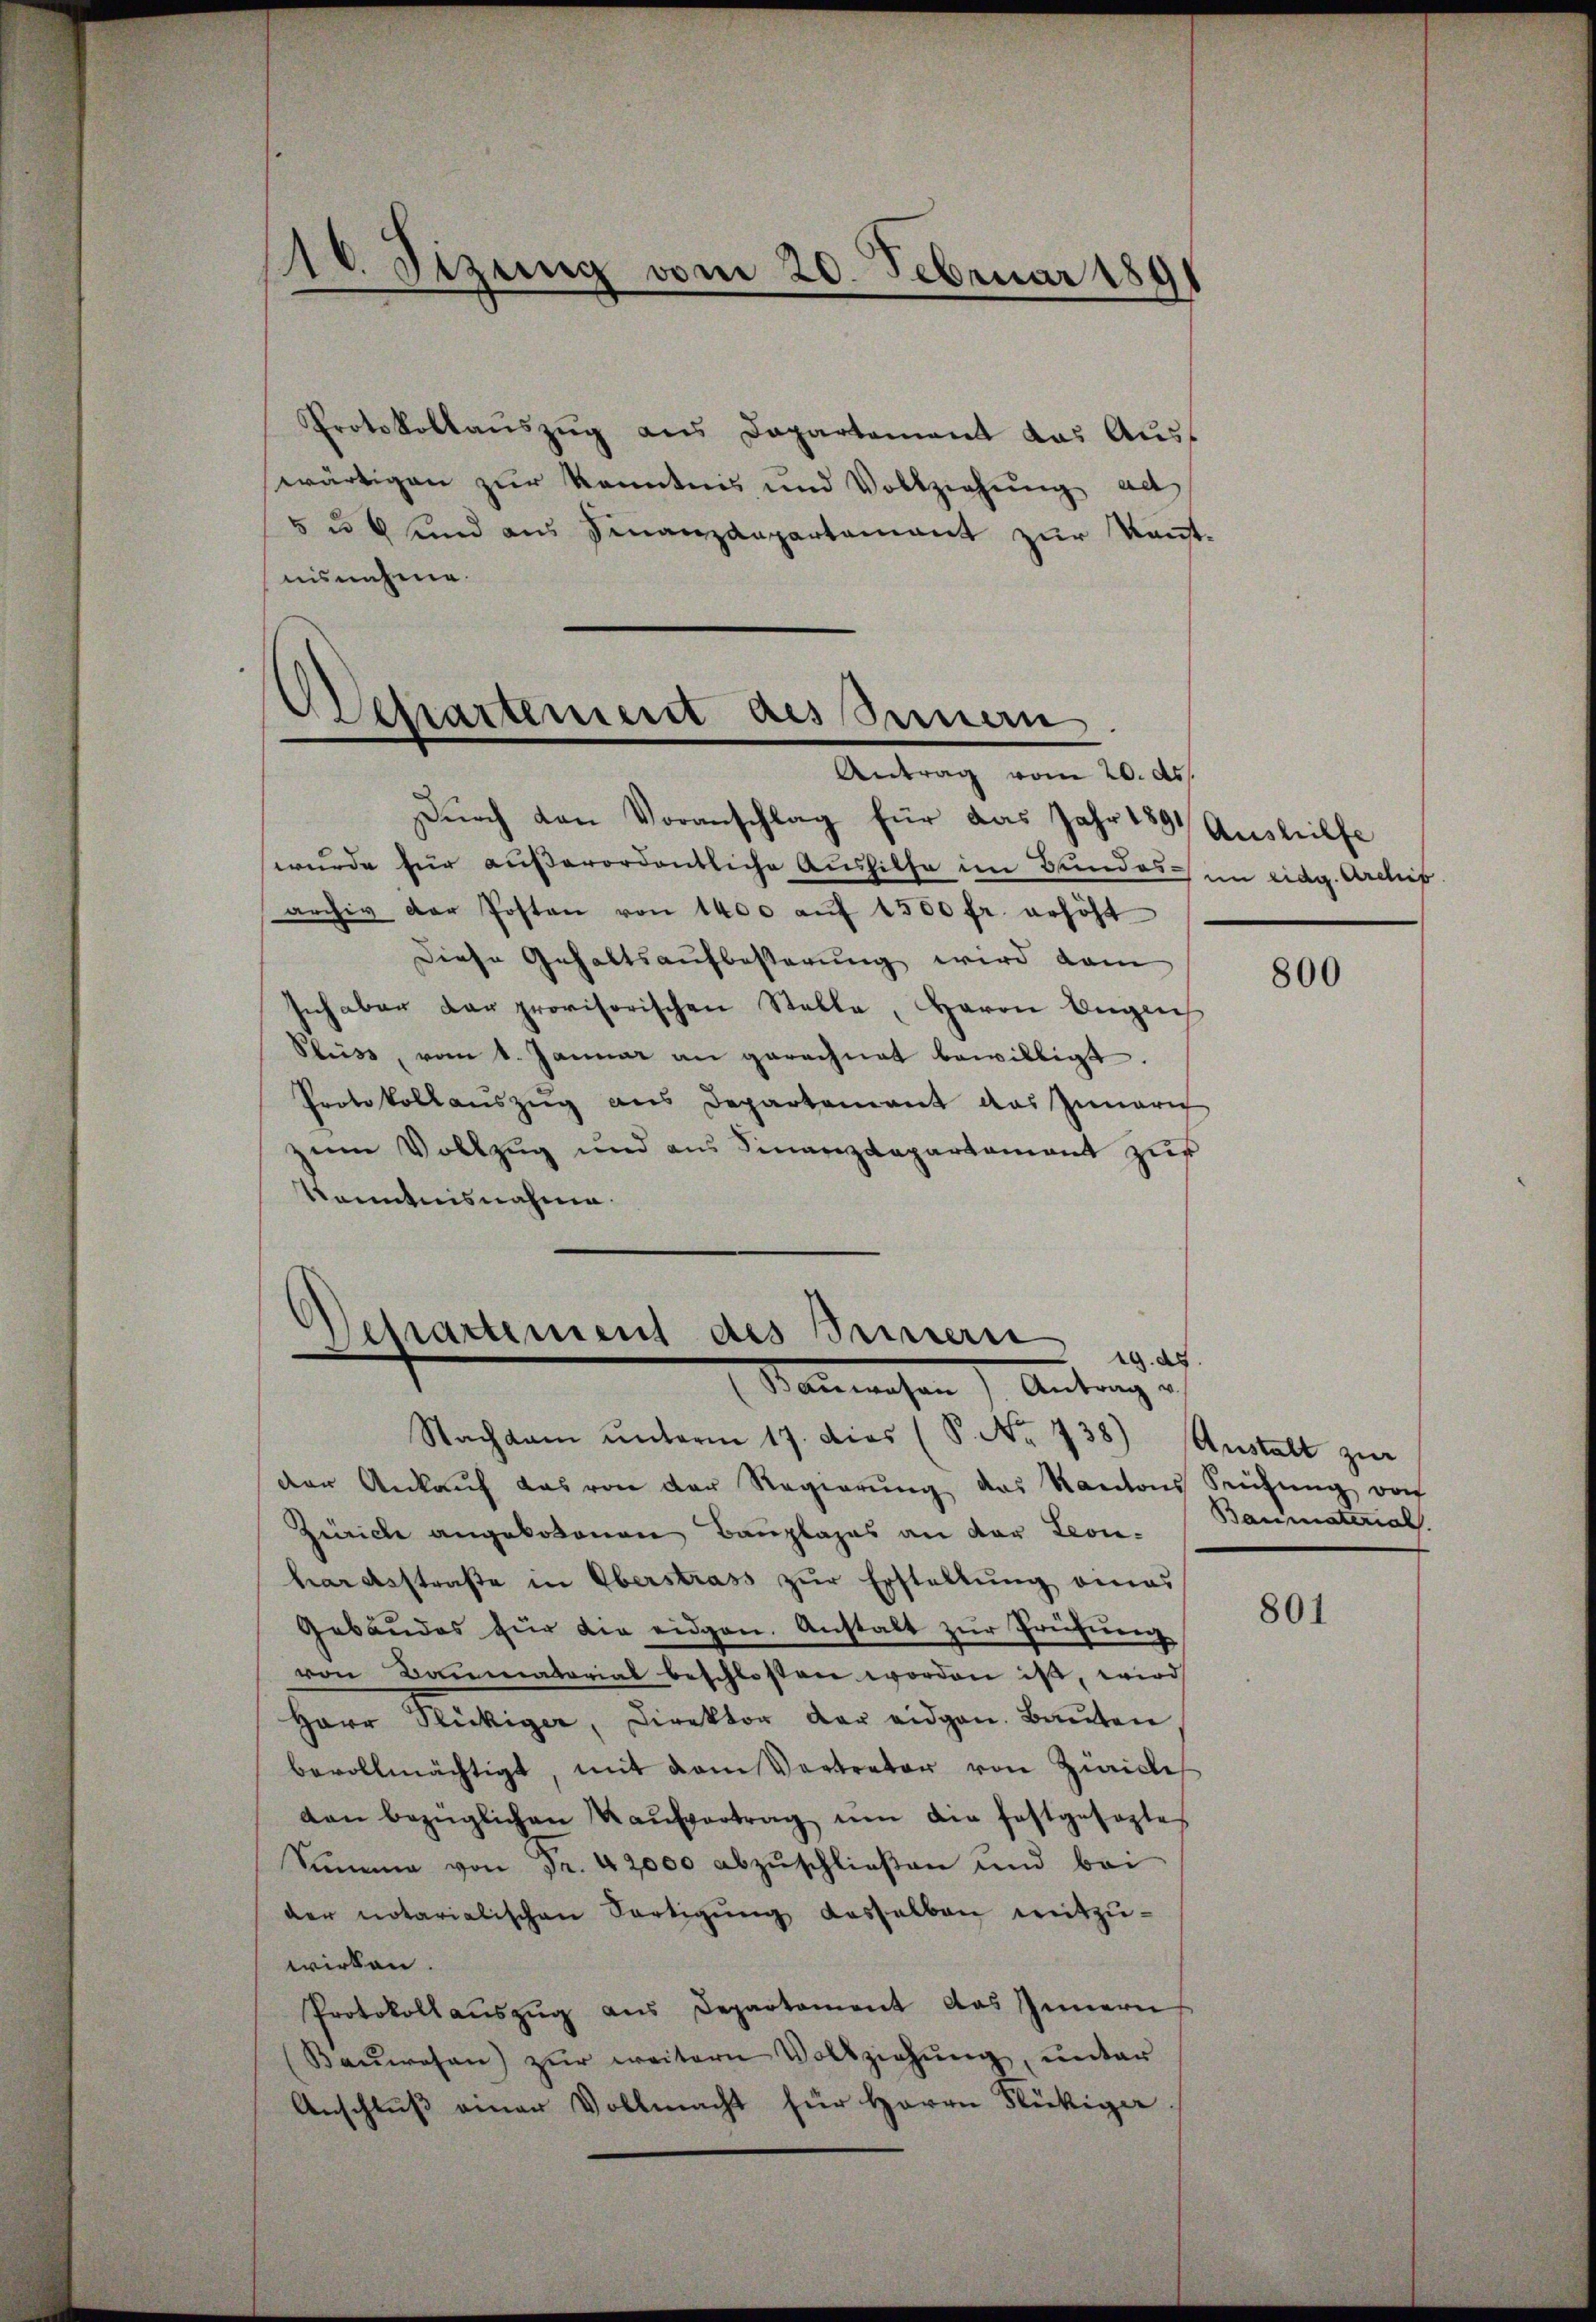
110. Sizung vom 20. Februar 189

Protokollaŭszŭg ans Departement das Aŭs-
swärtigen zur Kenntnis und Vollziehung ad
5 u 6 und aus Finanzdepartement zur Konstuisnehme.

Departement assiman
Antrag vom 20. d.

Durch den Voranschlag für das Jahr 1891
wurde für außerordentliche Aushilfe im Bundes im eidg. Archif
archiv der Posten von 1400 auf 1500 fr. erhöht
Diese Gehaltsaufbesserung wird dam
sich aber der provisorischen Stelle, Herrn Englich
Fluss, vom 1. Januar an gerechnet bewilligt.
Protokollaŭszŭg ans Departement das Innern
zum Vollzug und aus Finanzdepartament zur
Kenntnisnahme.

Behartement des Seinern
19. 24.
Manwesen) Antrag

Nachsam ŭnterm 17. dies (S. Nr. 738) Anstalt zŭr
der Ankaŭf das von der Regierŭng das Kantons Seitŭng vo
Zeiche angebotenen Bauplages an der Leonhardtsstraße in Oberstrass zur Erstellung eines
Gebäudes für die eidgen. Anstalt zur Prüfung
von Baumatorial beschlossen worden ist, wird
Herr Rückiger, Direktor der eidgen. Bauten
bevollmächtigt, mit dem Vertreter von Zürich
den bezüglichen Kaŭfvertrag ŭm die festgesezte
Summe von Fr. 42000 abzuschließen und bei
der notarialischen Fertigung desselben mitzuwirken.
Protokoll aŭszŭg aŭs Departament das Innern
(Baŭwesen) zŭr weitern Vollziehŭng ŭnter
Anschluß einer Vollmacht für Herrn Stückige

Aushilfe

800

Baumaterial

801